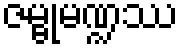
ဇမ္ဗုမဏ္ဍဿ